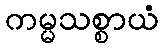
ကမ္မသစ္စာယံ